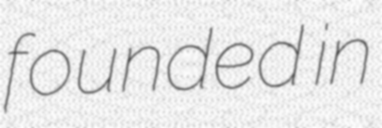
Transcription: founded in